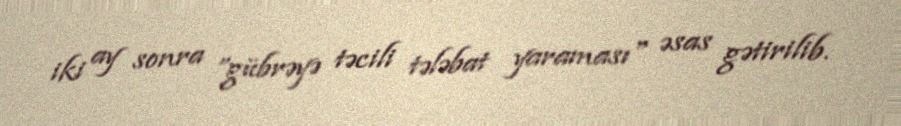
iki ay sonra ”gübrəyə təcili tələbat yaraması" əsas gətirilib.